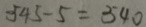
5 4 5 - 5 = 5 4 0